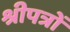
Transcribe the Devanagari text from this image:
श्रीपत्रों